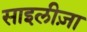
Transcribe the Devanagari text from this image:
साइलीज़ा